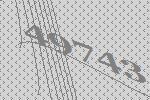
49743